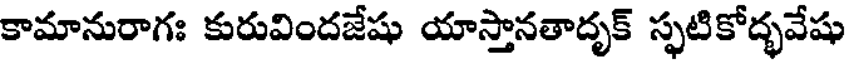
కామానురాగః కురువిందజేషు యాస్తానతాదృక్ స్ఫటికోద్భవేషు